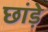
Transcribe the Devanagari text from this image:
छांड़े